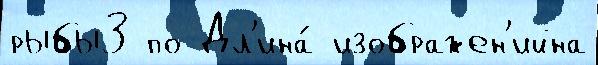
рыбы3 по Дл'ина́ изображен'ийна